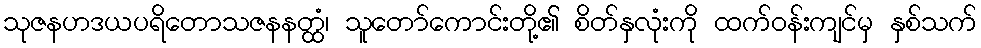
သုဇနဟဒယပရိတောသဇနနတ္ထံ၊ သူတော်ကောင်းတို့၏ စိတ်နှလုံးကို ထက်ဝန်းကျင်မှ နှစ်သက်